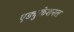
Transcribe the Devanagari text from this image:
एड्युकेशनल